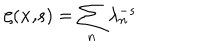
LaTeX: \zeta ( { \bf x , } s ) = \sum _ { n } \lambda _ { n } ^ { - s }